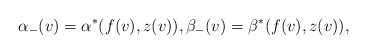
\begin{align*} \alpha_-(v)=\alpha^\ast(f(v),z(v)),\beta_-(v)=\beta^\ast(f(v),z(v)),\end{align*}